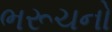
ભરૂચનો